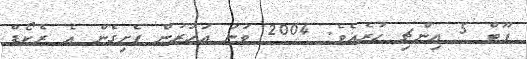
ފޫޓް 5 އިންޗި ހުރެއެވެ. 2004 ވަނަ އަހަރުން ފެށިގެން އެ ރެކޯޑް